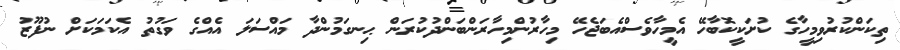
ތިކަންކުރުވިމީހާގެ ކުށަކީކޮބާހޭ އެމީހާވެސްއެބަޖެހޭ މިހާރުންމިހާރަންބަންދުކުރަން ޙިނގަމުންދާ މައްސަލަ އެއްގެ ވަގުތު އެކަމަކަށް ނުފޫޒު